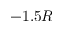
- 1 . 5 R